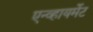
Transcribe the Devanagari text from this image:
एन्व्हायर्मेट